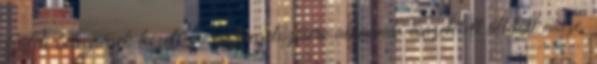
ízületi betegségek kezelésére és megelőzésére alkalmas összetételt állított össze.